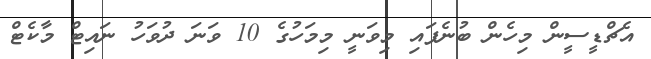
އެޗްޑީސީން މިހެން ބުނެފައި މިވަނީ މިމަހުގެ 10 ވަނަ ދުވަހު ނައިޓް މާކެޓް